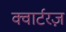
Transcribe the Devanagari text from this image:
क्वार्टरज़